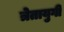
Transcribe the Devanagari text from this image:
त्रेतायुगी